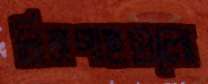
নিমগাছগুলো